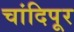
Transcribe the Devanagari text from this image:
चांदिपूर